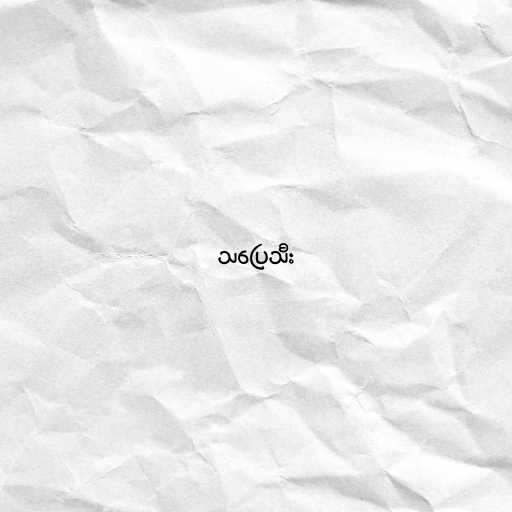
သပြေသီး